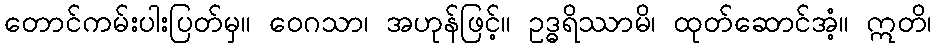
တောင်ကမ်းပါးပြတ်မှ။ ဝေဂသာ၊ အဟုန်ဖြင့်။ ဥဒ္ဓရိဿာမိ၊ ထုတ်ဆောင်အံ့။ ဣတိ၊